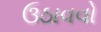
ઉઠાવવો